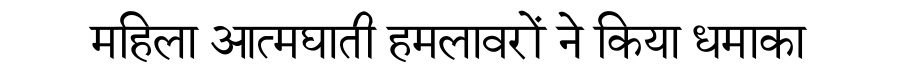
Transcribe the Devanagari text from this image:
महिला आत्मघाती हमलावरों ने किया धमाका